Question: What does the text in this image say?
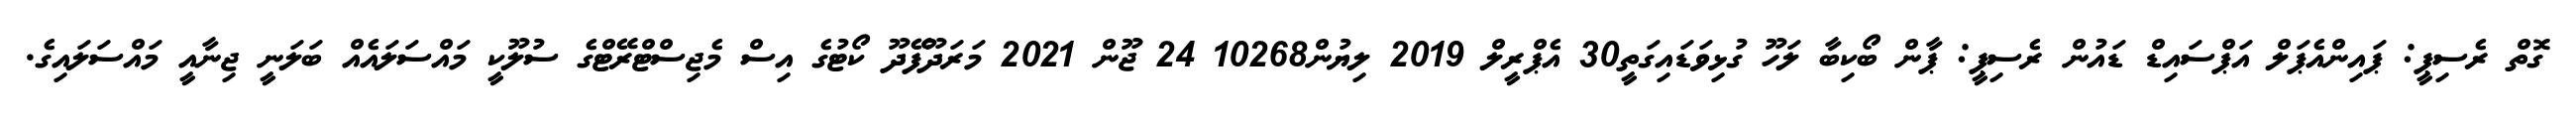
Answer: ގޮތް ރެސިޕީ: ޕައިންއެޕަލް އަޕްސައިޑް ޑައުން ރެސިޕީ: ޕާން ބޯކިބާ ލަހޫ ގުޅިވަޑައިގަތީ30 އެޕްރީލް 2019 ލިޔުން10268 24 ޖޫން 2021 މަރަދޫފޭދޫ ކޯޓުގެ އިސް މެޖިސްޓްރޭޓްގެ ސުލޫކީ މައްސަލައެއް ބަލަނީ ޖިނާއީ މައްސަލައިގެ.